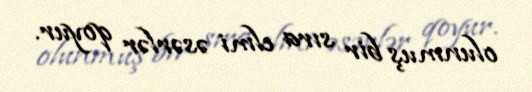
olunmuş bir sıra elmi əsərlər qoyur.